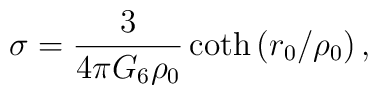
\sigma=\frac{3}{4\pi G_6\rho_0}\coth\left(r_0/\rho_0\right) ,